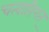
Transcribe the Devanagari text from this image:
चत्वारिंशत्